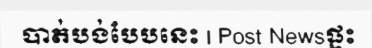
បាត់បង់បែបនេះ | Post Newsផ្ទះ